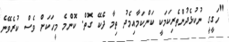
"ހަގީގީ ނުކުޅެދުންތެރިކަމަކީ ކަންކަމާއިމެދު ތިމާ ދެކޭ ގޮތް. ކޮންމެ މީހަކަށް ވެސް ކުރެވޭނެ